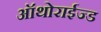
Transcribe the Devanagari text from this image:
ऑथोराईज्ड